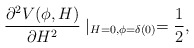
\begin{align*} \frac{\partial^2 V(\phi,H)}{\partial H^2}\mid_{H=0,\phi=\delta(0)} = \frac{1}{2},\end{align*}